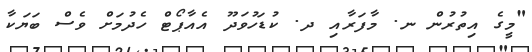
"މީގެ އިތުރުން ނ. މާފަރާއި ދ. ކުޑަހުވަދޫ އެއާޕޯޓް ހެދުމަށް ވެސް ބަޔަކާ